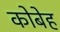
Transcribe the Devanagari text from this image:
कोबेह